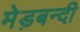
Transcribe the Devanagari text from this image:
मेड़बन्दी